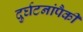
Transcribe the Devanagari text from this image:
दुर्घटनांपैकी